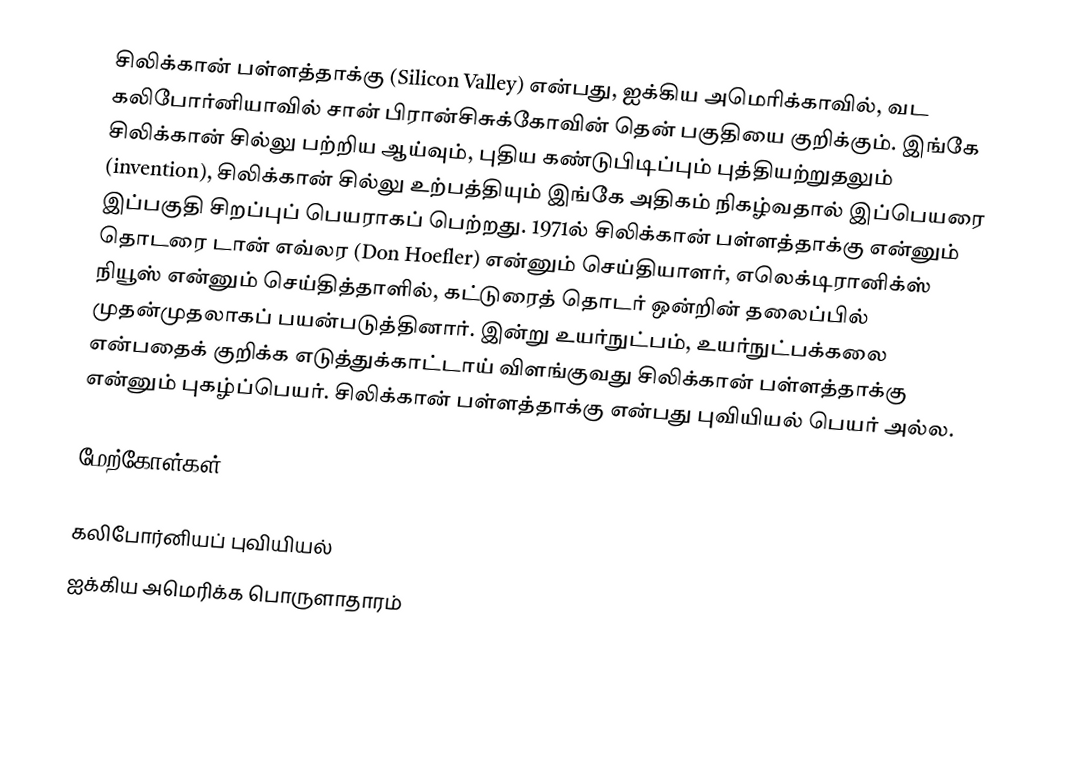
சிலிக்கான் பள்ளத்தாக்கு (Silicon Valley) என்பது, ஐக்கிய அமெரிக்காவில், வட கலிபோர்னியாவில் சான் பிரான்சிசுக்கோவின் தென் பகுதியை குறிக்கும். இங்கே சிலிக்கான் சில்லு பற்றிய ஆய்வும், புதிய கண்டுபிடிப்பும் புத்தியற்றுதலும் (invention), சிலிக்கான் சில்லு உற்பத்தியும் இங்கே அதிகம் நிகழ்வதால் இப்பெயரை இப்பகுதி சிறப்புப் பெயராகப் பெற்றது. 1971ல் சிலிக்கான் பள்ளத்தாக்கு என்னும் தொடரை டான் எவ்லர (Don Hoefler) என்னும் செய்தியாளர், எலெக்டிரானிக்ஸ் நியூஸ் என்னும் செய்தித்தாளில், கட்டுரைத் தொடர் ஒன்றின் தலைப்பில் முதன்முதலாகப் பயன்படுத்தினார். இன்று உயர்நுட்பம், உயர்நுட்பக்கலை என்பதைக் குறிக்க எடுத்துக்காட்டாய் விளங்குவது சிலிக்கான் பள்ளத்தாக்கு என்னும் புகழ்ப்பெயர். சிலிக்கான் பள்ளத்தாக்கு என்பது புவியியல் பெயர் அல்ல.

மேற்கோள்கள்

கலிபோர்னியப் புவியியல்
ஐக்கிய அமெரிக்க பொருளாதாரம்